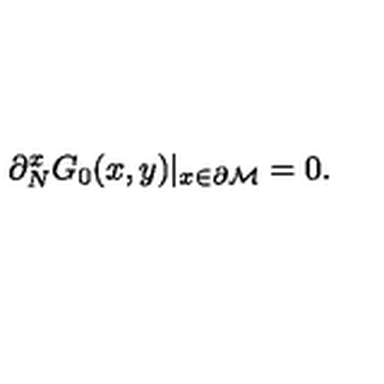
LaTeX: \partial _ { N } ^ { x } G _ { 0 } ( x , y ) | _ { x \in { \partial { \cal M } } } = 0 .